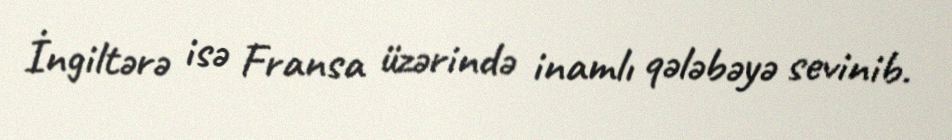
İngiltərə isə Fransa üzərində inamlı qələbəyə sevinib.